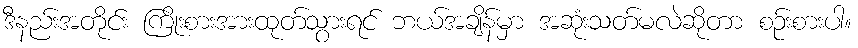
ဒီနည်းအတိုင်း ကြိုးစားအားထုတ်သွားရင် ဘယ်အချိန်မှာ အဆုံးသတ်မလဲဆိုတာ စဉ်းစားပါ။